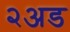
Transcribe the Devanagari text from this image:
२अड